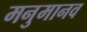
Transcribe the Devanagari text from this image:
मनुमानव